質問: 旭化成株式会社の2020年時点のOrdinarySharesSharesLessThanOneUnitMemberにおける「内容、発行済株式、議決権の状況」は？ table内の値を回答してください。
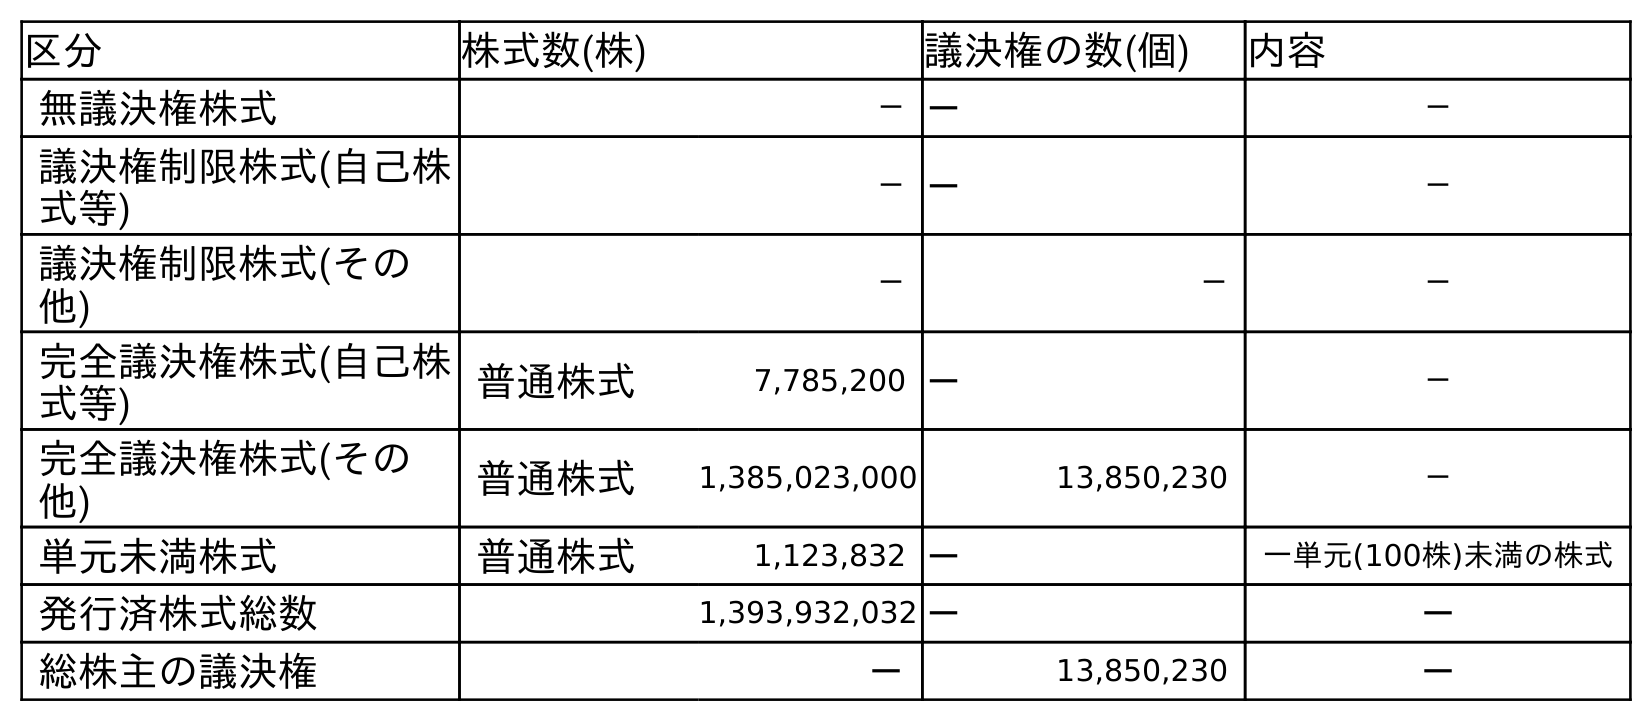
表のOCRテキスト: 区分 株式数(株) 議決権の数(個) 内容 無議決権株式 －－ － 議決権制限株式(自己株 式等) －－ － 議決権制限株式(その 他) － － － 完全議決権株式(自己株 式等) 普通株式 7,785,200 － － 完全議決権株式(その 他) 普通株式 1,385,023,000 13,850,230 － 単元未満株式 普通株式 1,123,832 － 一単元(100株)未満の株式 発行済株式総数 1,393,932,032－ － 総株主の議決権 － 13,850,230 －
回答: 一単元(100株)未満の株式